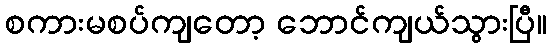
စကားမစပ်ကျတော့ ဘောင်ကျယ်သွားပြီ။